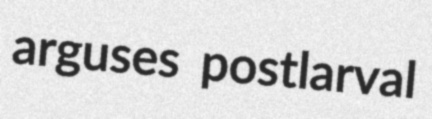
arguses postlarval